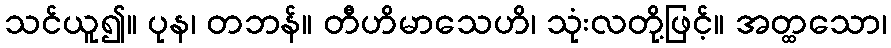
သင်ယူ၍။ ပုန၊ တဘန်။ တီဟိမာသေဟိ၊ သုံးလတို့ဖြင့်။ အတ္ထသော၊